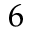
6